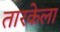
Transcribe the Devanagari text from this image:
तारकेला